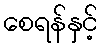
စေရန်နှင့်